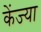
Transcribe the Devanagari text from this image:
केंज्या